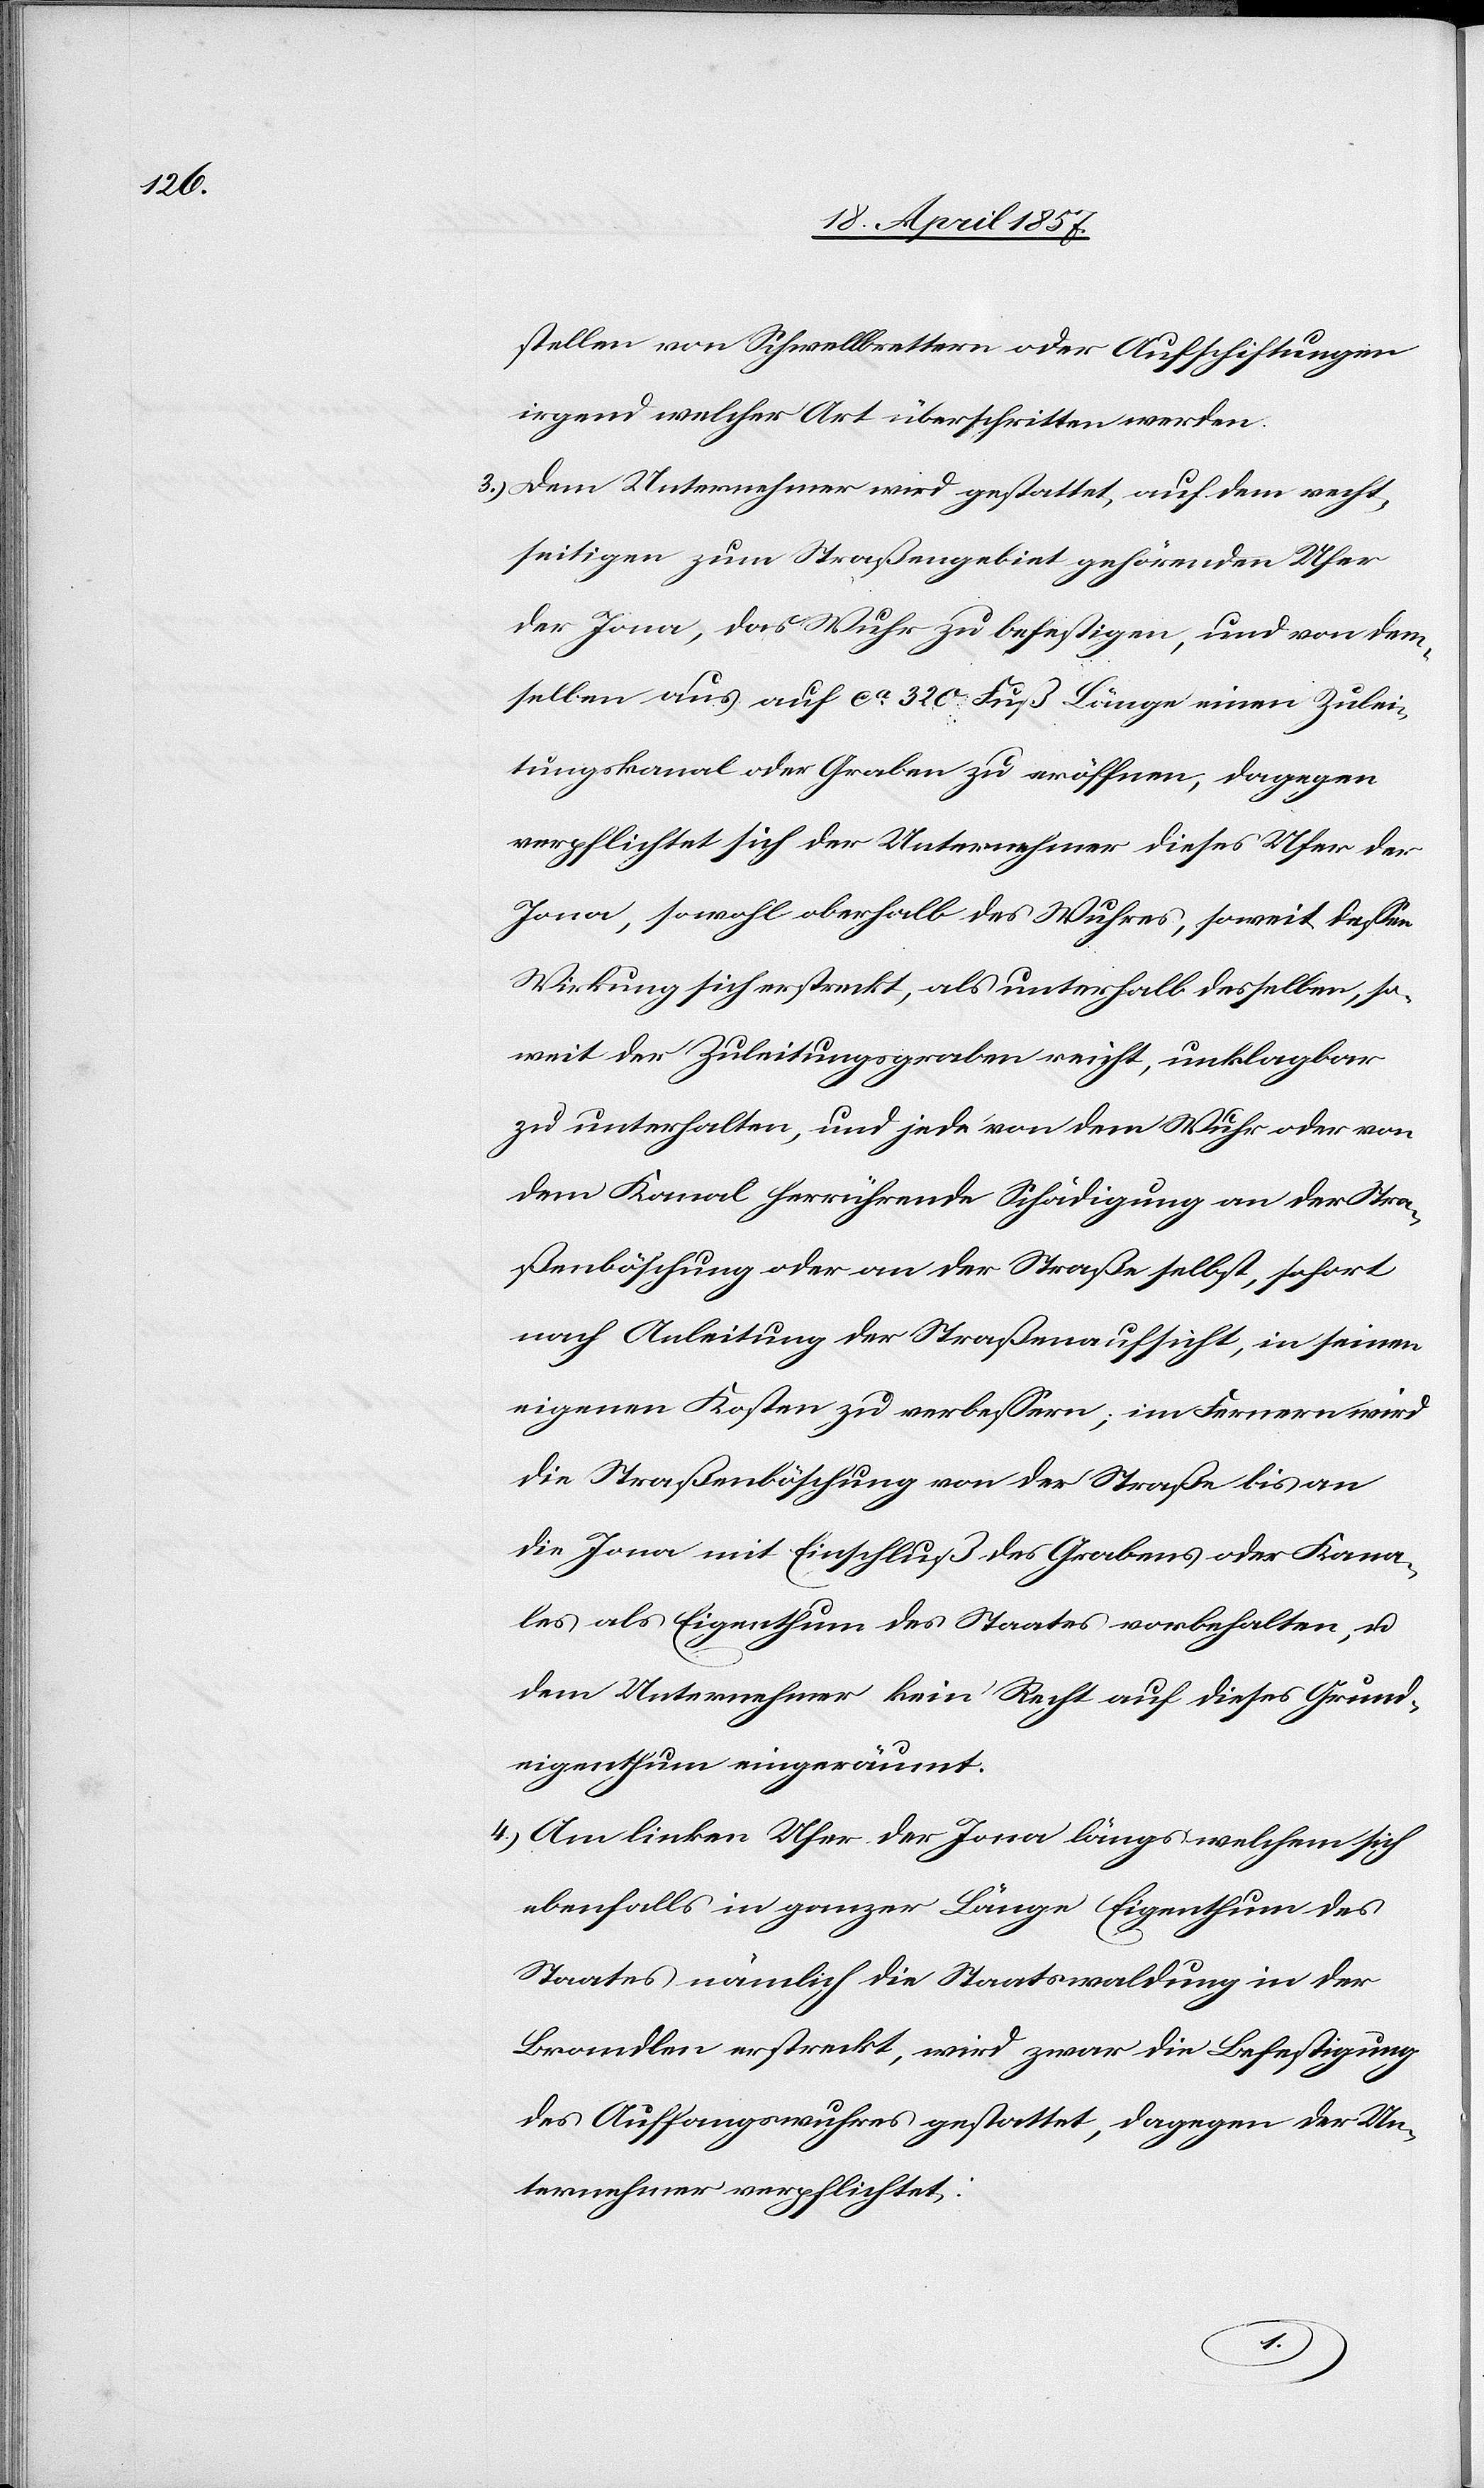
stellen von Schwellbrettern oder Aufschiftungen
irgend welcher Art überschritten werden.
3.) Dem Unternehmer wird gestattet, auf dem recht¬
seitigen zum Straßengebiet gehörenden Ufer
der Jona, das Wuhr zu befestigen, und von dem¬
selben aus auf ca 320 Fuß Länge einen Zulei¬
tungskanal oder Graben zu eröffnen, dagegen
verpflichtet sich der Unternehmer dieses Ufer der
Jona, sowohl oberhalb des Wuhres, soweit dessen
Wirkung sich erstreckt, als unterhalb desselben, so¬
weit der Zuleitungsgraben reicht, unklagbar
zu unterhalten, und jede von dem Wuhr oder von
dem Kanal herrührende Schädigung an der Stra¬
ßenböschung oder an der Straße selbst, sofort
nach Anleitung der Straßenaufsicht, in seinen
eigenen Kosten zu verbessern; im Fernern wird
die Straßenböschung von der Straße bis an
die Jona mit Einschluß des Grabens oder Kana¬
les als Eigenthum des Staates vorbehalten, u.
dem Unternehmer kein Recht auf dieses Grund¬
eigenthum eingeräumt.
4.) Am linken Ufer der Jona längs welchem sich
ebenfalls in ganzer Länge Eigenthum des
Staates nämlich die Staatswaldung in der
Brandlen erstreckt, wird zwar die Befestigung
des Auffangswuhres gestattet, dagegen der Un¬
ternehmer verpflichtet: